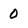
Character: 0